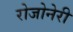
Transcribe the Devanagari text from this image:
रोजोनेरी